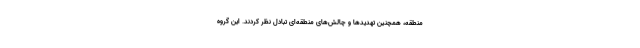
منطقه، همچنین تهدیدها و چالش‌های منطقه‌ای تبادل نظر کردند. این گروه